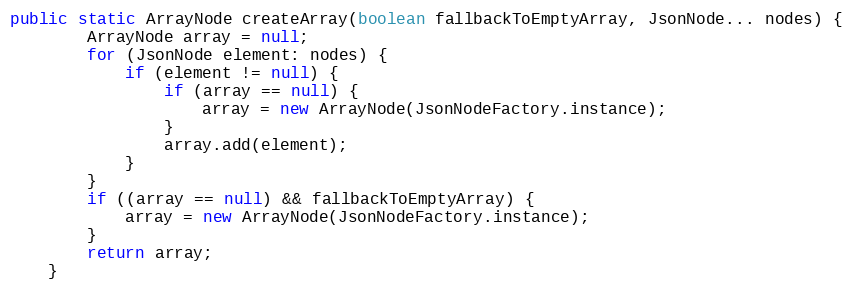
Language: Java
public static ArrayNode createArray(boolean fallbackToEmptyArray, JsonNode... nodes) {
		ArrayNode array = null;
		for (JsonNode element: nodes) {
			if (element != null) {
				if (array == null) {
					array = new ArrayNode(JsonNodeFactory.instance);
				}
				array.add(element);
			}
		}
		if ((array == null) && fallbackToEmptyArray) {
			array = new ArrayNode(JsonNodeFactory.instance);
		}
		return array;
	}